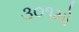
૩૦૧મો